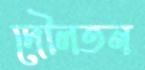
দৌলতন